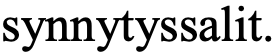
synnytyssalit.